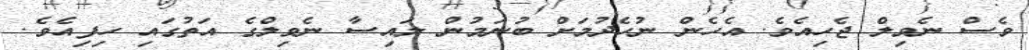
ވެސް ނެވިލް ޖެހިއެވެ. އެހެން ނުހެދުމަށް ބުނަމުން ލައިސާ ނެވިލްގެ އަތުގައި ހިފިއެވެ.